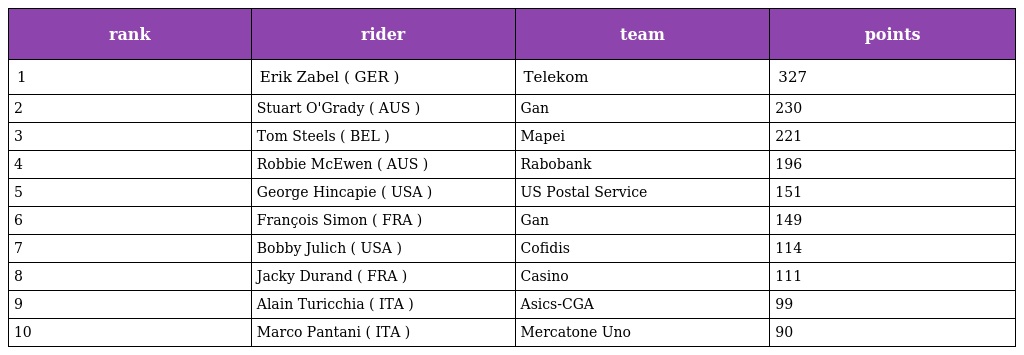
| rank | rider | team | points |
 | --- | --- | --- | --- |
 | 1 | Erik Zabel ( GER ) | Telekom | 327 |
 | 2 | Stuart O'Grady ( AUS ) | Gan | 230 |
 | 3 | Tom Steels ( BEL ) | Mapei | 221 |
 | 4 | Robbie McEwen ( AUS ) | Rabobank | 196 |
 | 5 | George Hincapie ( USA ) | US Postal Service | 151 |
 | 6 | François Simon ( FRA ) | Gan | 149 |
 | 7 | Bobby Julich ( USA ) | Cofidis | 114 |
 | 8 | Jacky Durand ( FRA ) | Casino | 111 |
 | 9 | Alain Turicchia ( ITA ) | Asics-CGA | 99 |
 | 10 | Marco Pantani ( ITA ) | Mercatone Uno | 90 |